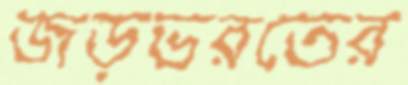
জড়ভরতের